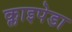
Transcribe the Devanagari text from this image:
क्लाइपेडा